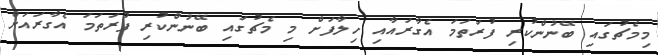
މިމެޗުގައި ބޭނުންކުރި ފުރަތަމަ އެގާރައާއި ހިލާފަށް މި މެޗުގައި ބޭނުންކުރި ފުރަތަމަ އެގާރައަށް